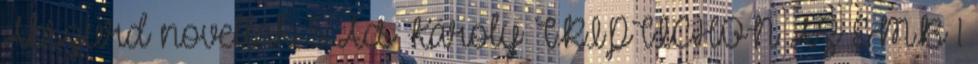
Abszurd novellák 5 Ács Károly TRIPTICHON AZ EMB 1